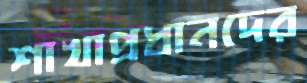
শাখাপ্রধানদের